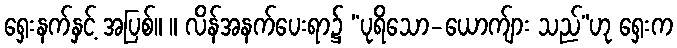
ရှေးနက်နှင့် အပြစ်။ ။ လိန်အနက်ပေးရာ၌ “ပုရိသော-ယောက်ျား သည်”ဟု ရှေးက